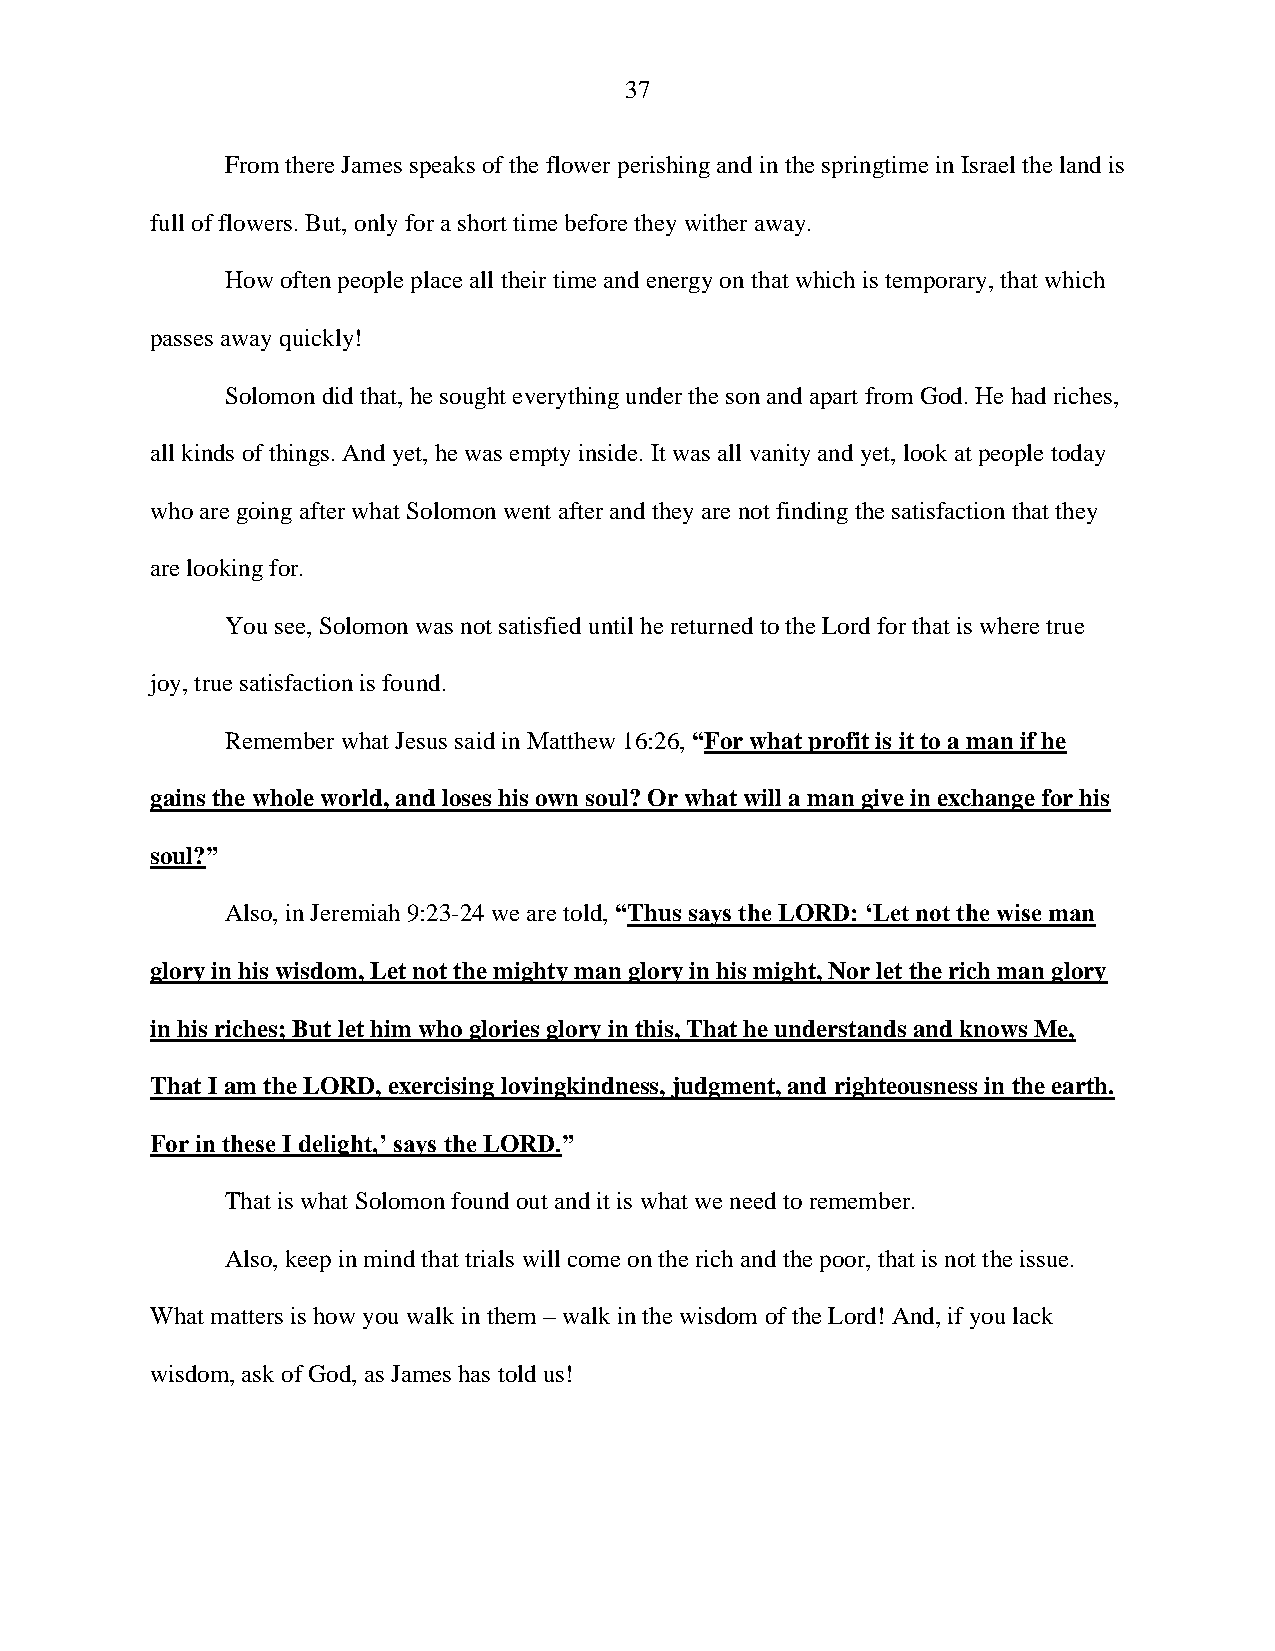
37
 From there James speaks of the flower perishing and in the springtime in Israel the land is
 full of flowers. But, only for a short time before they wither away.
 How often people place all their time and energy on that which is temporary, that which
 passes away quickly!
 Solomon did that, he sought everything under the son and apart from God. He had riches,
 all kinds of things. And yet, he was empty inside. It was all vanity and yet, look at people today
 who are going after what Solomon went after and they are not finding the satisfaction that they
 are looking for.
 You see, Solomon was not satisfied until he returned to the Lord for that is where true
 joy, true satisfaction is found.
 Remember what Jesus said in Matthew 16:26, “For what profit is it to a man if he
 gains the whole world, and loses his own soul? Or what will a man give in exchange for his
 soul?”
 Also, in Jeremiah 9:23-24 we are told, “Thus says the LORD: ‘Let not the wise man
 glory in his wisdom, Let not the mighty man glory in his might, Nor let the rich man glory
 in his riches; But let him who glories glory in this, That he understands and knows Me,
 That I am the LORD, exercising lovingkindness, judgment, and righteousness in the earth.
 For in these I delight,’ says the LORD.”
 That is what Solomon found out and it is what we need to remember.
 Also, keep in mind that trials will come on the rich and the poor, that is not the issue.
 What matters is how you walk in them – walk in the wisdom of the Lord! And, if you lack
 wisdom, ask of God, as James has told us!